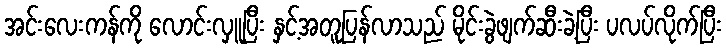
အင်းလေးကန်ကို လောင်းလှူပြီး နှင့်အတူပြန်လာသည် မိုင်းခွဲဖျက်ဆီးခဲ့ပြီး ပလပ်လိုက်ပြီး